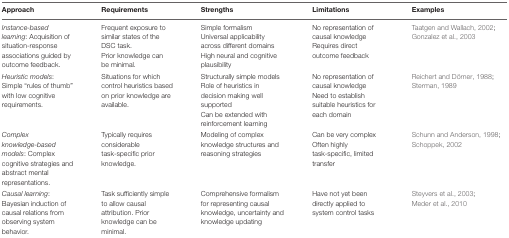
<table><thead><tr><td><b>Approach</b></td><td><b>Requirements</b></td><td><b>Strengths</b></td><td><b>Limitations</b></td><td><b>Examples</b></td></tr></thead><tbody><tr><td><i>Instance-based learning</i>: Acquisition of situation-response associations guided by outcome feedback.</td><td>Frequent exposure to similar states of the DSC task. Prior knowledge can be minimal.</td><td>Simple formalism Universal applicability across different domains High neural and cognitive plausibility</td><td>No representation of causal knowledge Requires direct outcome feedback</td><td>Taatgen and Wallach, 2002; Gonzalez et al., 2003</td></tr><tr><td><i>Heuristic models</i>: Simple “rules of thumb” with low cognitive requirements.</td><td>Situations for which control heuristics based on prior knowledge are available.</td><td>Structurally simple models Role of heuristics in decision making well supported Can be extended with reinforcement learning</td><td>No representation of causal knowledge Need to establish suitable heuristics for each domain</td><td>Reichert and Dörner, 1988; Sterman, 1989</td></tr><tr><td><i>Complex knowledge-based models</i>: Complex cognitive strategies and abstract mental representations.</td><td>Typically requires considerable task-specific prior knowledge.</td><td>Modeling of complex knowledge structures and reasoning strategies</td><td>Can be very complex Often highly task-specific, limited transfer</td><td>Schunn and Anderson, 1998; Schoppek, 2002</td></tr><tr><td><i>Causal learning</i>: Bayesian induction of causal relations from observing system behavior.</td><td>Task sufficiently simple to allow causal attribution. Prior knowledge can be minimal.</td><td>Comprehensive formalism for representing causal knowledge, uncertainty and knowledge updating</td><td>Have not yet been directly applied to system control tasks</td><td>Steyvers et al., 2003; Meder et al., 2010</td></tr></tbody></table>